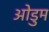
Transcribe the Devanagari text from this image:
ओडुम